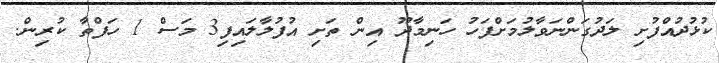
ކުޅުދުއްފުށި ލަދުގަންނަވާލުމަށްފަހު ހަނިމާދޫ އިން ތަށި އުފުލާލައިފި3 މަސް 1 ހަފްތާ ކުރިން.